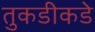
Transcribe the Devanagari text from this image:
तुकडीकडे